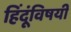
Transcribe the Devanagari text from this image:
हिंदूंविषयी